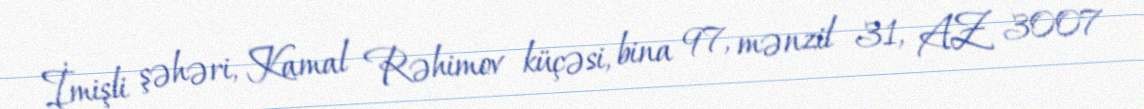
İmişli şəhəri, Kamal Rəhimov küçəsi, bina 97, mənzil 31, AZ 3007